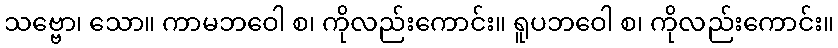
သဗ္ဗော၊ သော။ ကာမဘဝေါ စ၊ ကိုလည်းကောင်း။ ရူပဘဝေါ စ၊ ကိုလည်းကောင်း။